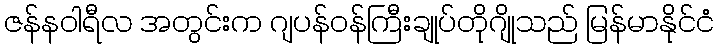
ဇန်နဝါရီလ အတွင်းက ဂျပန်ဝန်ကြီးချုပ်တိုဂျိုသည် မြန်မာနိုင်ငံ